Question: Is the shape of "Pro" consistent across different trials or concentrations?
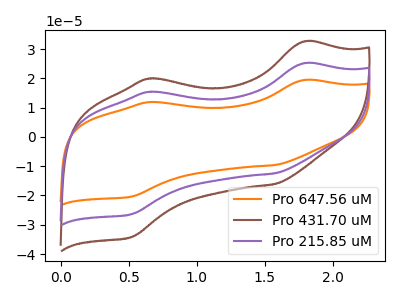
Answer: <think>The orange curve "Pro 647.56 uM" has anodic peaks at (1.80V, 50.30uA) (0.65V, 30.75uA) and cathodic peaks at (1.55V, -24.90uA) (0.50V, -52.90uA). The brown curve "Pro 431.70 uM" has anodic peaks at (1.80V, 32.60uA) (0.65V, 19.95uA) and cathodic peaks at (1.55V, -16.15uA) (0.50V, -34.25uA). The purple curve "Pro 215.85 uM" has anodic peaks at (1.80V, 25.15uA) (0.65V, 15.40uA) and cathodic peaks at (1.55V, -12.45uA) (0.50V, -26.45uA).
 All the peaks in "Pro 647.56 uM" have a peak in "Pro 431.70 uM" at the same potential. Every peak in "Pro 647.56 uM" is higher than every peak in "Pro 431.70 uM". All the peaks in "Pro 647.56 uM" have a peak in "Pro 215.85 uM" at the same potential. Every peak in "Pro 647.56 uM" is higher than every peak in "Pro 215.85 uM". All the peaks in "Pro 431.70 uM" have a peak in "Pro 215.85 uM" at the same potential. Every peak in "Pro 431.70 uM" is higher than every peak in "Pro 215.85 uM".</think>
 <answer>All the CV's of "Pro" have similar shape.</answer>
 <eval>follow_rule</eval>